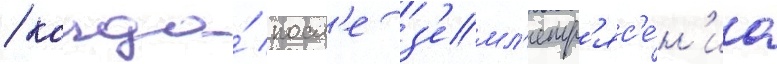
/ когда́ посл'е з'емл'етр'яс'е́н'иа